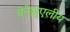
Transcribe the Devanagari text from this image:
वेनेज़ुएलीय